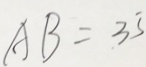
A B = 3 5